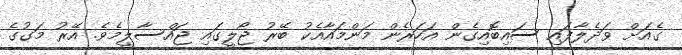
ގެއަށް ވަދެލާފައި ސައިބޮއިގެން އަހަރެން މަންމައާއެކު ބޭރު ޖޯލީގައި ޖައްސާލީމެވެ. އޭރު މަގުގެ